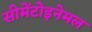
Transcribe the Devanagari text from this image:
सीमेंटोइनेमल